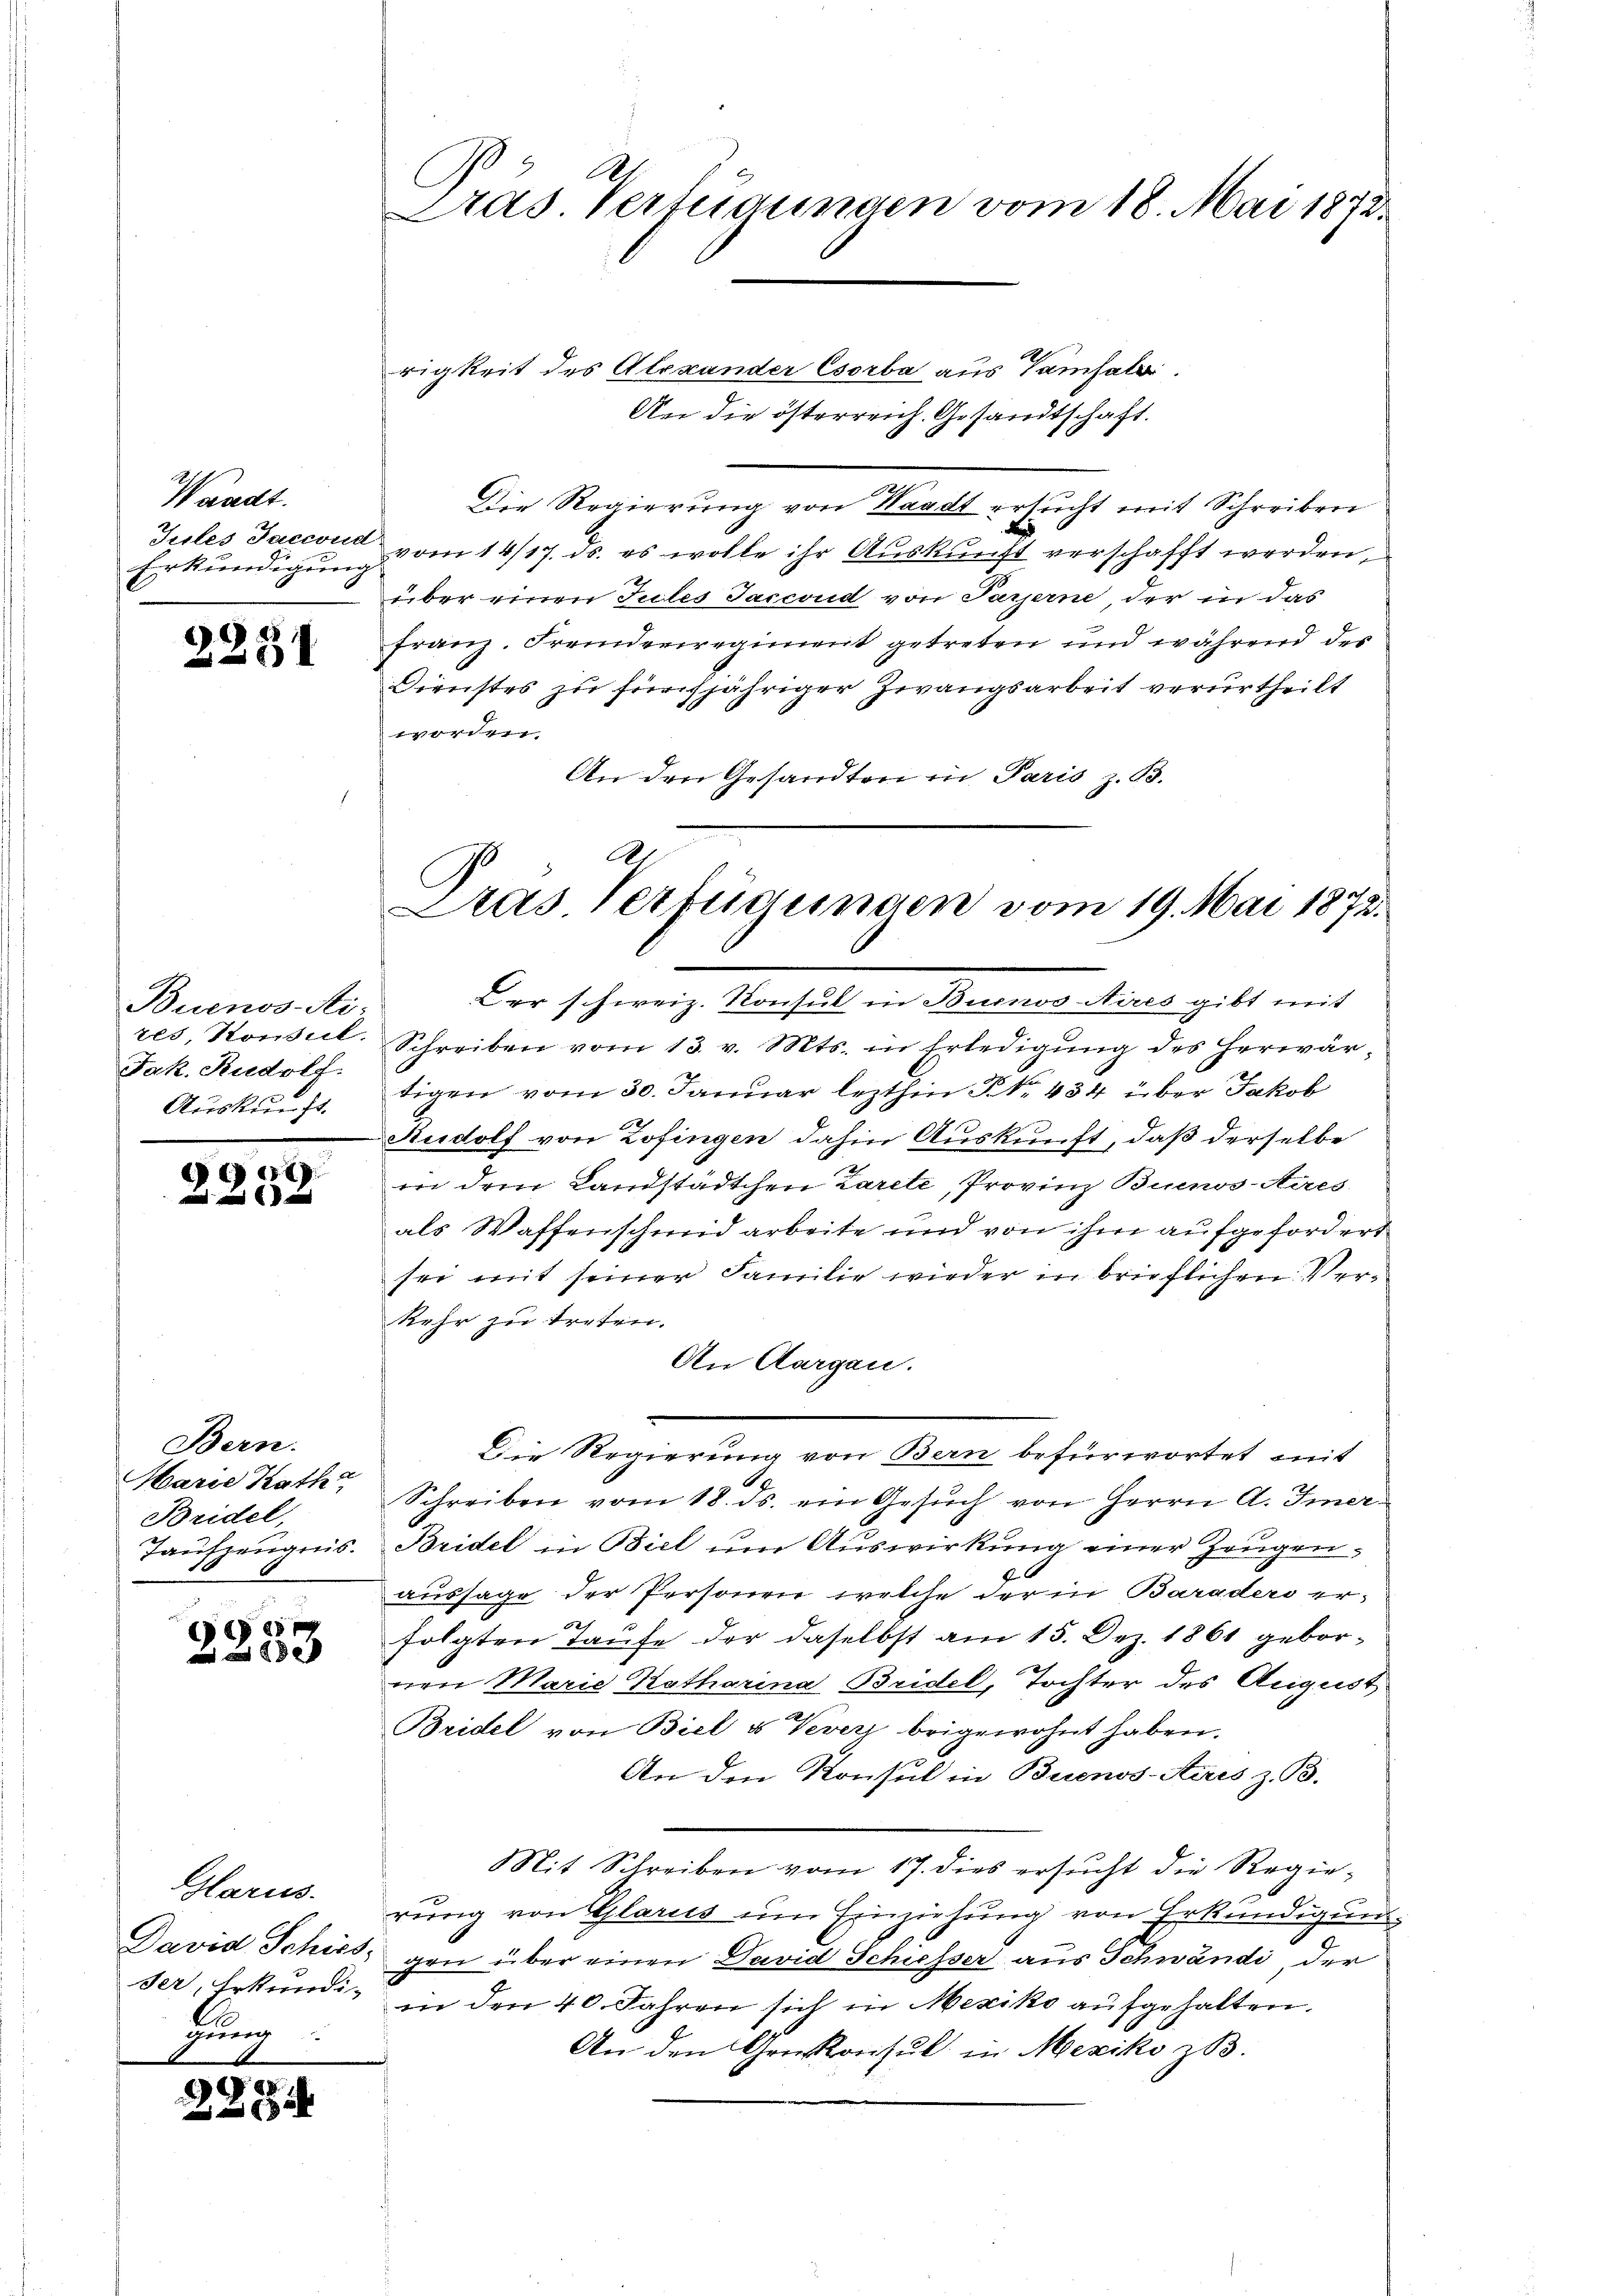
Waadt.
Juiles Jaccoud.
Erkundigung

2251

Buenos-Ati:
tes Konsul,
Jak. Rudolf.
Auskunft.

)

Bern.
Marie Kath
Bridel,
Taufzeugnis.

99

Harus.
David Schies,
ser, Erkundi-
bung

)

524

b
Pras Vertigungen vom 18. Mai 1872.

rigkeit des Alexander Csorba aus Tamsals
An die österreich. Gesandtschaft.
s
Die Regierung von Waadt ersucht mit Schreiben
vom 14/17. ds. es wolle ihr Auskunft verschafft werden,
über einen Jules Jaccond von Parzerne der in das
Franz. Fremderiregiment getreten und während des
Dienstes zu fürsjähriger Zwangsarbeit verurtheilt
worden.
An den Gesandten in Paris z. B.

A
Das Verfügungen vom 19. Mai 1872.

Der schweiz. Konsul in Buenos Aires gibt mit
Schreiben vom 13. v. Mts. in Erledigŭng des herwär-
tigen vom 30. Januar lezthin P. Nr. 434 über Jakob
2
Rudolf von Zofingen dahin Auskunft, daß derselbe
in dem Landstädtchen Zarete, Provinz Buenos-Aires
als Waffenschmid arbeite und von ihm aufgefordert
see mit seiner Familie wieder in brieflichen Verkehr zu treten.
An Aargau.
Schreiben vom 18. ds. ein Gesuch von Herrn A. Imer¬
Bridel in Biel um Auswirkung einer Zeugenaussage der Personen, welche der in Baraders erfolgten Taufe der daselbst am 15. Dez. 1861 geborerer Marie Katharina Bridel, Tochter des August
Bridel von Biel u Vevers beigewohnt haben.
An den Konsul in Buenos-Ayres z. B.
Mit Schreiben vom 17. dies ersucht die Regierung von Glarus um Einziehung von Erkundigung,
gen über einen David Schiesser aus Schwandi, der
in den 40. Jahren sich in Mesiko aufgehalten.
An den Greskonsul in Mexiko zB.

Die Regierung von Bern befürwortet mit